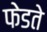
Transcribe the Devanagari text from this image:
फेडते